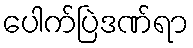
ပေါက်ပြဲဒဏ်ရာ